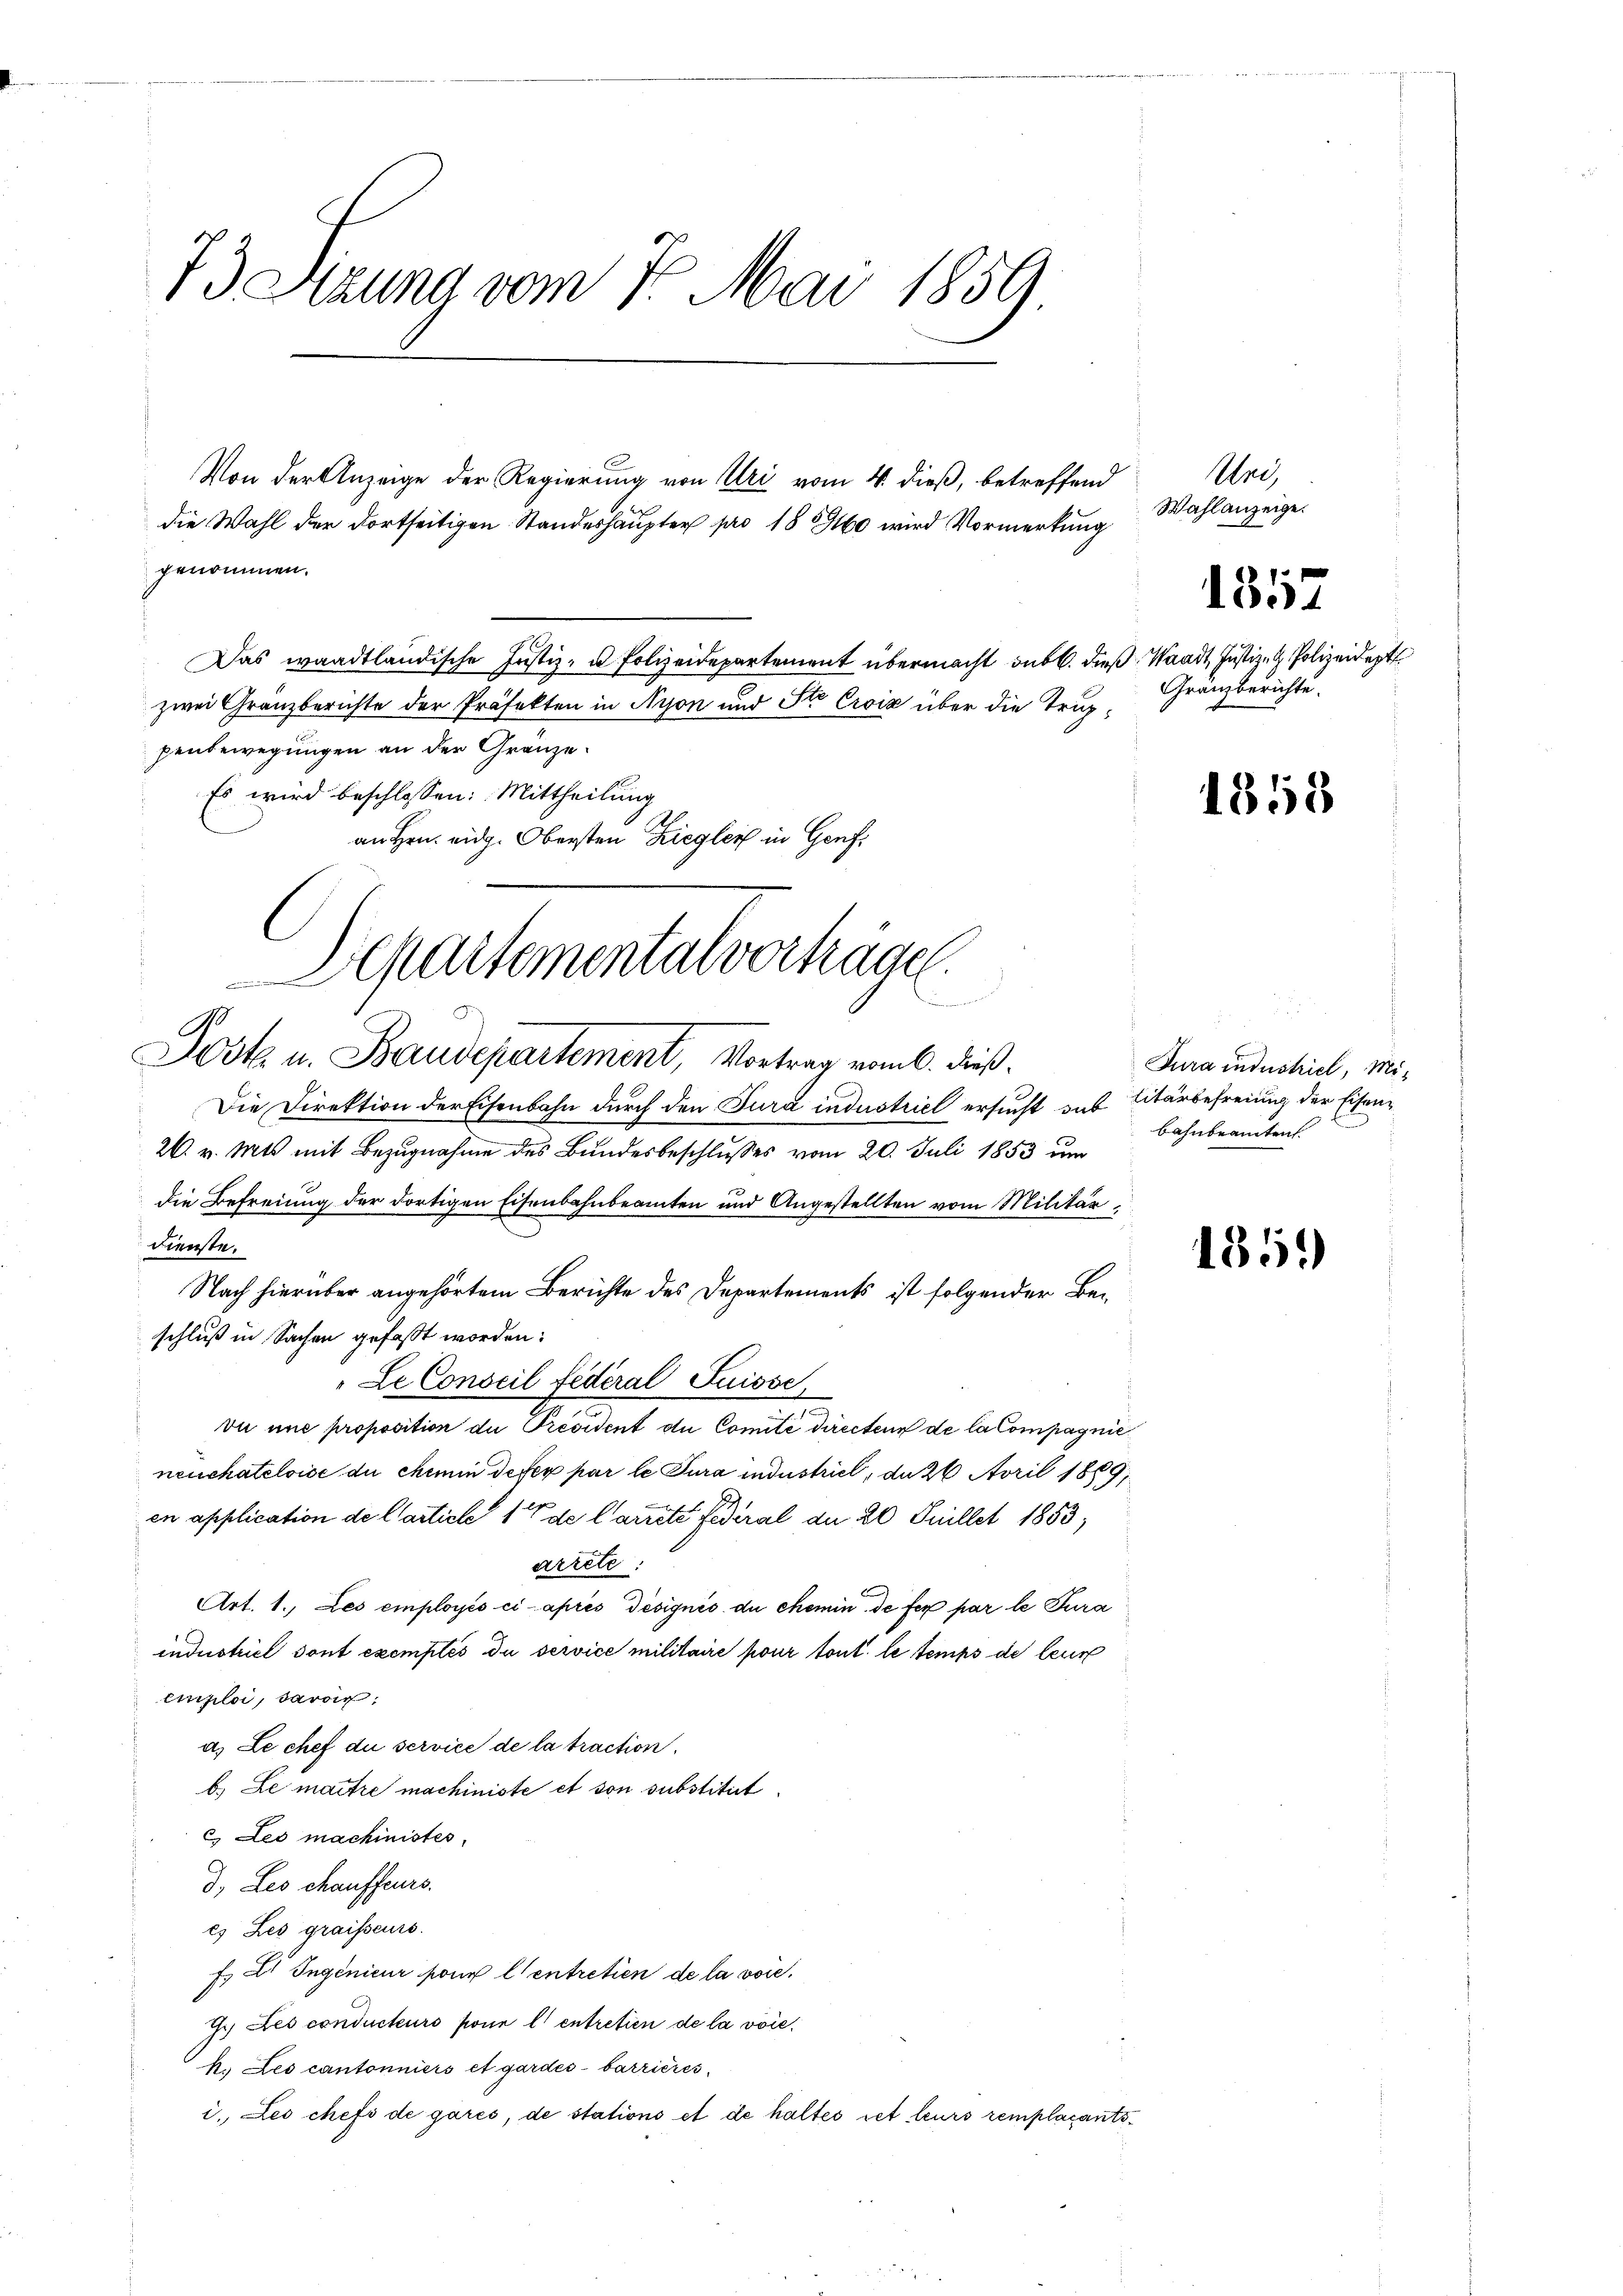
13 Sitzung vom 1. Mai 1859

Von der Anzeige der Regierung von Uri vom 4. dieß, betreffend
die Wahl der dortseitigen Standeshaupter pro 1890 wird Vormerkung
Das waadtländische Justiz- u. Polizeidepartement übermacht sub. dieß
zwei Gränzberichte der Präfekten in Nyon und Ste Croix über die Truppenbewegungen an der Gränze.
Es wird beschlossen: Mittheilung
an Hrn. eidg. Obersten Ziegler in Genf
Departemental vorträge.

genommen.

emmen werde
Jost u. Baudepartement, Vortrag vom 6. dieß.

Die Direktion der Eisenbahn durch den Jura industriel ersucht das Citärbefreiung der Eisen¬
26. v. Mts mit Bezugnahme des Bundesbeschlusses vom 20. Juli 1853 um
die Befreiung der dortigen Eisenbahnbeamten und Angestellten vom Militär
Dienste.
Nach hierüber angehörtem Berichte des Departements ist folgender Beschluß in Sachen gefaßt worden:
"Le Conseil Federal Suisse,
vue une proposition du Président du Comité directen de la Compagnie
neuchateloise du chemin defer par le Jura industriel, an 26. April 1889
en application de Carticle 1 de Cartete Federal an 20 Juillet 1853,
arrete:
Art. 1. Les employés ci-après désignis du chemin. de fer par le Tura
industrici dont exemples du service militaire pour tout le temps de leur
emploi, savoir,
a. Le chef die service de la traction.
b. Le mattre machiniste et von substitirt
C des machinistes,
J. Les chauffeurs.
es Les graisseurs.
F. Dr Ingenieur son Centretien de la voie.
G.) Les conducteurs pour l. entretien de la voie
k. Les cantonniers et gardes barrières,
i. Les chefs de garés, de stations et de haltes et leurs remplacants¬

Ure
Wahlanzeige.

1357

1. Waadt, Justiz- & Polizeidept
Gränzberichte.

1353

Jura industriel, Mibahnbeamten.

1351)